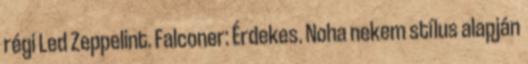
régi Led Zeppelint. Falconer: Érdekes. Noha nekem stílus alapján